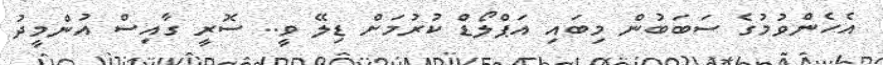
އެހެންވުމުގެ ސަބަބުން މިބައި އަޕްލޯޑް ކުރުމަށް ޑިލޭ ވީ.. ސޮރީ ގާއިސް އުންމީދު